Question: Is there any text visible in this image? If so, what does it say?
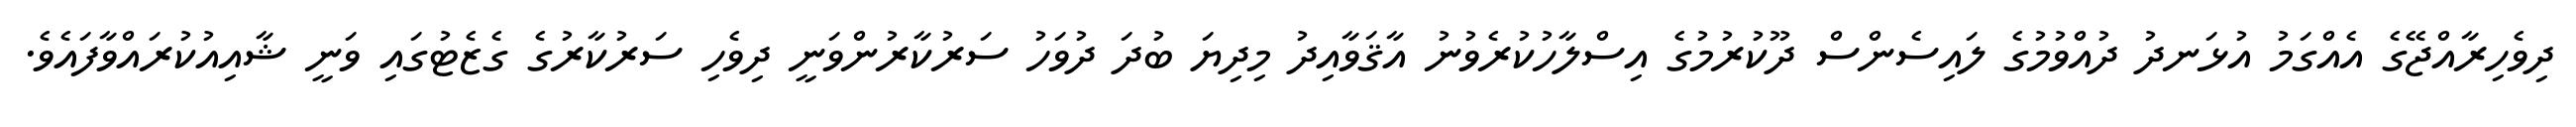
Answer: ދިވެހިރާއްޖޭގެ އެއްގަމު އުޅަނދު ދުއްވުމުގެ ލައިސެންސް ދޫކުރުމުގެ އިސްލާހުކުރެވުނު އާޤަވާއިދު މިދިޔަ ބުދަ ދުވަހު ސަރުކާރުންވަނީ ދިވެހި ސަރުކާރުގެ ގެޒެޓުގައި ވަނީ ޝާއިއުކުރައްވާފައެވެ.